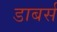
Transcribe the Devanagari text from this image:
डाबर्स